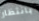
بانتظار